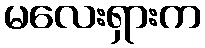
မလေးရှားက